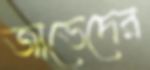
জাভেদের